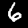
Label: 6